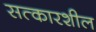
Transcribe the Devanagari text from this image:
सत्कारशील